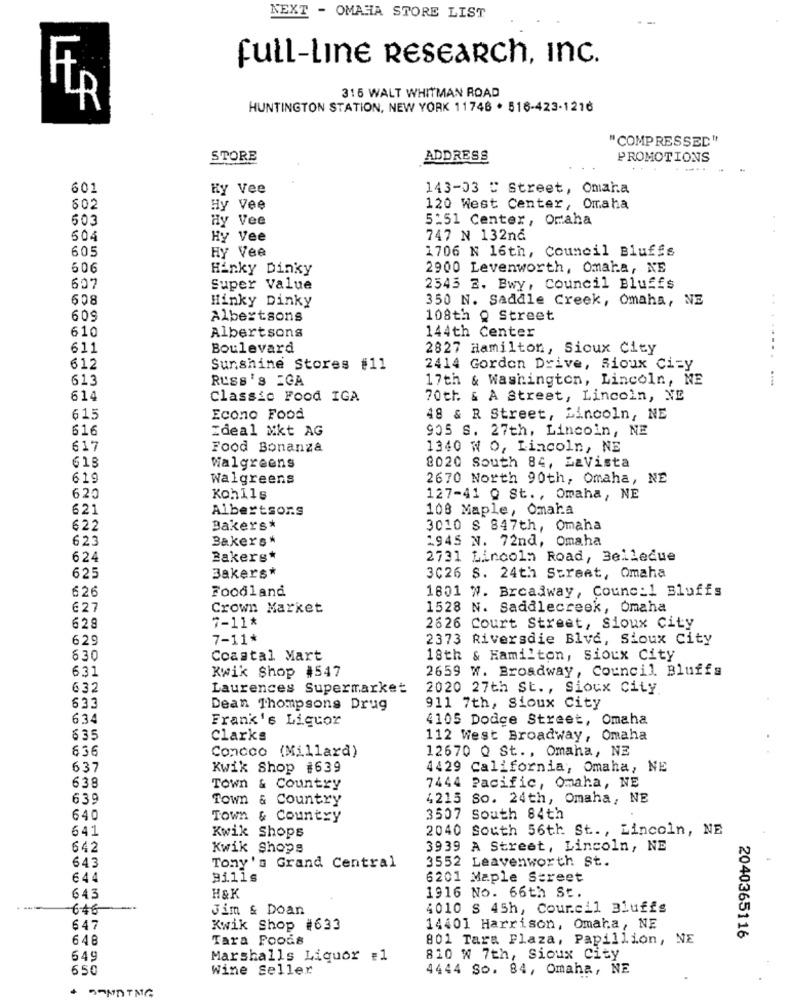
NEXT - OMAHA STORE LIST
full-Line RESEARCH, Inc.
315 WALT WHITMAN ROAD
HUNTINGTON STATION, NEW YORK 11746 . 516-423-1216
"COMPRESSED"
STORE
ADDRESS
PROMOTIONS
. -....
601
Hy Vee
143-03 C Street, Omaha
602
Hy Vee
120 West Center, Omaha
503
Hy Vee
5:51 Center, Oraha
604
Hy Vee
747 N 132nd
605
HY Vee
1706 N 16th, Council Bluffs
606
Hinky Dinky
2900 Levenworth, Omaha, NE
10
Super Value
2543 2. Bwy, Council Bluffs
608
Hinky Dinky
350 N. Saddle Creek, Omaha, NE
..
609
Albertsons
108th Q Street
610
Albertsons
144th Center
611
Boulevard
2827 Hamilton, Sioux City
612
Sunshine Stores #11
2414 Gordon Drive, Sioux City
613
RUSS 'S ICA
17th & Washington, Lincoln, NE
....
614
Classic Food IGA
70th & A Street, Lincoln, NE
615
Econo Food
48 & R Street, Lincoln, NE
616
Ideal Mkt AG
905 S. 27th, Lincoln, NE
617
Food Bonanza
1340 ₦ O, Lincoln, NE
618
Walgreens
8020 South 84, LaVista
619
Walgreens
2670 North 90th, Omaha, NE
620
Kohl1s
127-41 0 St ., Omaha, NE
621
Albertsons
108 Maple, Omaha
622
Bakers*
3010 $ 847th, Omaha
623
Bakers*
1945 N. 72nd, Omaha
624
Bakers*
2731 Lincoln Road, Belledue
625
Bakers*
3026 S. 24th Street, Omaha
626
Foodland
1801 W. Broadway, Counc:1 Bluffs
627
Crown Market
1528 N. Saddlecreek, Omaha
7-11*
628
2626 Court Street, Sioux City
629
7-11*
2373 Riversdie Blvd, Sioux City
630
Coastal Mart
18th & Hamilton, Sioux City
631
2659 W. Broadway, Council Bluffs
Kwik Shop #547
632
Laurences Supermarket
2020 27th St ., Sioux City
633
Dean Thompsons Drug
911 7th, Sioux City
63.
Frank's Liquor
4105 Dodge Street, Omaha
635
clarks
112 West Broadway, Omaha
6.36
Concco (Millara)
12670 Q St ., Omaha, NE
637
Kwik Shop #639
4429 California, Omaha, NE
638
Town & Country
7444 Pacific, Omaha, NE
639
Town & Country
4215 So. 24th, Omaha, NE
640
Town & Country
3507 South 84th
641
Kwik Shops
2040 South 56th St ., Lincoln, NE
642
Kwik Shops
3939 A Street, Lincoln, NE
643
3552 Leavenworth St.
Tony's Grand Central
644
91.11s
6201 Maple Street
1916 No. 66th St.
643
H&K
646
Jim & Doan
4010 S 45h, Courcil Bluffs
647
Kwik Shop #633
14401 Harrison, Omaha, NE
2040365116
646
Tara Foods
801 Tara Plaza, Papillion, NE
649
Marshalls Liquor =1
810 % 7th, Sioux City
650
Wine Seller
4444 So. 84, Omaha, NE